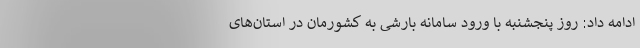
ادامه داد: روز پنجشنبه با ورود سامانه بارشی به کشورمان در استان‌های